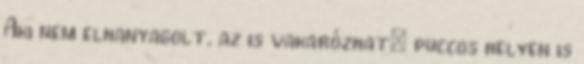
Aki nem elhanyagolt, az is vakarózhat: puccos helyen is